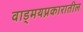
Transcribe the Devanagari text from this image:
वाड्मयप्रकारातील